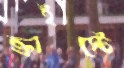
ক্রাইস্টে